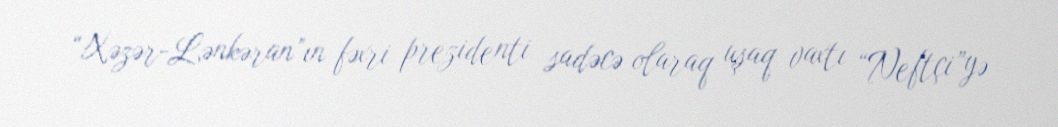
“Xəzər-Lənkəran”ın fəxri prezidenti sadəcə olaraq uşaq vaxtı “Neftçi”yə